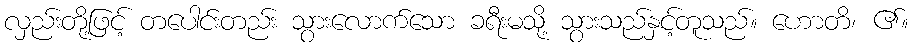
လှည်းတို့ဖြင့် တပေါင်းတည်း သွားလောက်သော ခရီးမသို့ သွားသည်နှင့်တူသည်။ ဟောတိ၊ ၏။